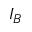
I _ { B }